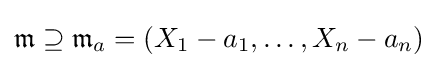
{\mathfrak {m}}\supseteq {\mathfrak {m}}_{a}=(X_{1}-a_{1},\ldots ,X_{n}-a_{n})